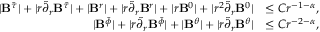
\begin{array} { r l } { | { \bf B } ^ { \tilde { \tau } } | + | r \widetilde { \partial } _ { r } { \bf B } ^ { \tilde { \tau } } | + | { \bf B } ^ { r } | + | r \widetilde { \partial } _ { r } { \bf B } ^ { r } | + | r { \bf B } ^ { 0 } | + | r ^ { 2 } \widetilde { \partial } _ { r } { \bf B } ^ { 0 } | } & { \leq C r ^ { - 1 - \alpha } , } \\ { | { \bf B } ^ { \tilde { \phi } } | + | r \widetilde { \partial } _ { r } { \bf B } ^ { \tilde { \phi } } | + | { \bf B } ^ { \theta } | + | r \widetilde { \partial } _ { r } { \bf B } ^ { \theta } | } & { \leq C r ^ { - 2 - \alpha } , } \end{array}